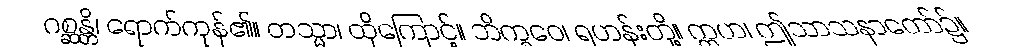
ဂစ္ဆန္တိ၊ ရောက်ကုန်၏။ တသ္မာ၊ ထိုကြောင့်။ ဘိက္ခဝေ၊ ရဟန်းတို့။ ဣဟ၊ ဤသာသနာတော်၌။